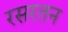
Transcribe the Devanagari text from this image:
रसरतन